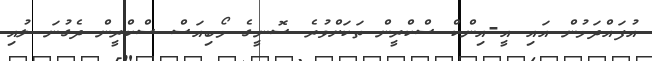
އުފައްދަމުން އައި އީ-އިންކް ސްކްރީން ތަކަށްވުރެ ސޮނީގެ މޯބިއަސް ސްކްރީން ދެގުނަ ލުއި